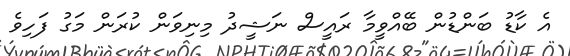
އެ ކާޑު ބަންޑުން ބޭއްވީމާ ރައީސް ނަޝީދު މިނިވަން ކުރަން މަގު ފަހިވެ